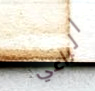
الراعي